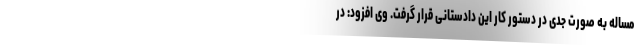
مساله به صورت جدی در دستور کار این دادستانی قرار گرفت. وی افزود: در